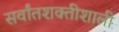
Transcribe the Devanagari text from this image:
सर्वांतशक्तीशाली